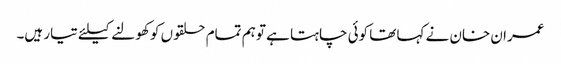
عمران خان نے کہا تھا کوئی چاہتا ہے تو ہم تمام حلقوں کو کھولنے کیلئے تیار ہیں۔